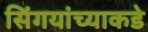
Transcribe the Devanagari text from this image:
सिंगयांच्याकडे